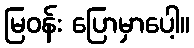
မြဝန်း ပြောမှာပေါ့။